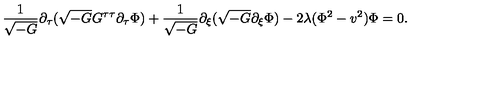
\frac { 1 } { \sqrt { - G } } \partial _ { \tau } ( \sqrt { - G } G ^ { \tau \tau } \partial _ { \tau } \Phi ) + \frac { 1 } { \sqrt { - G } } \partial _ { \xi } ( \sqrt { - G } \partial _ { \xi } \Phi ) - 2 \lambda ( \Phi ^ { 2 } - v ^ { 2 } ) \Phi = 0 .